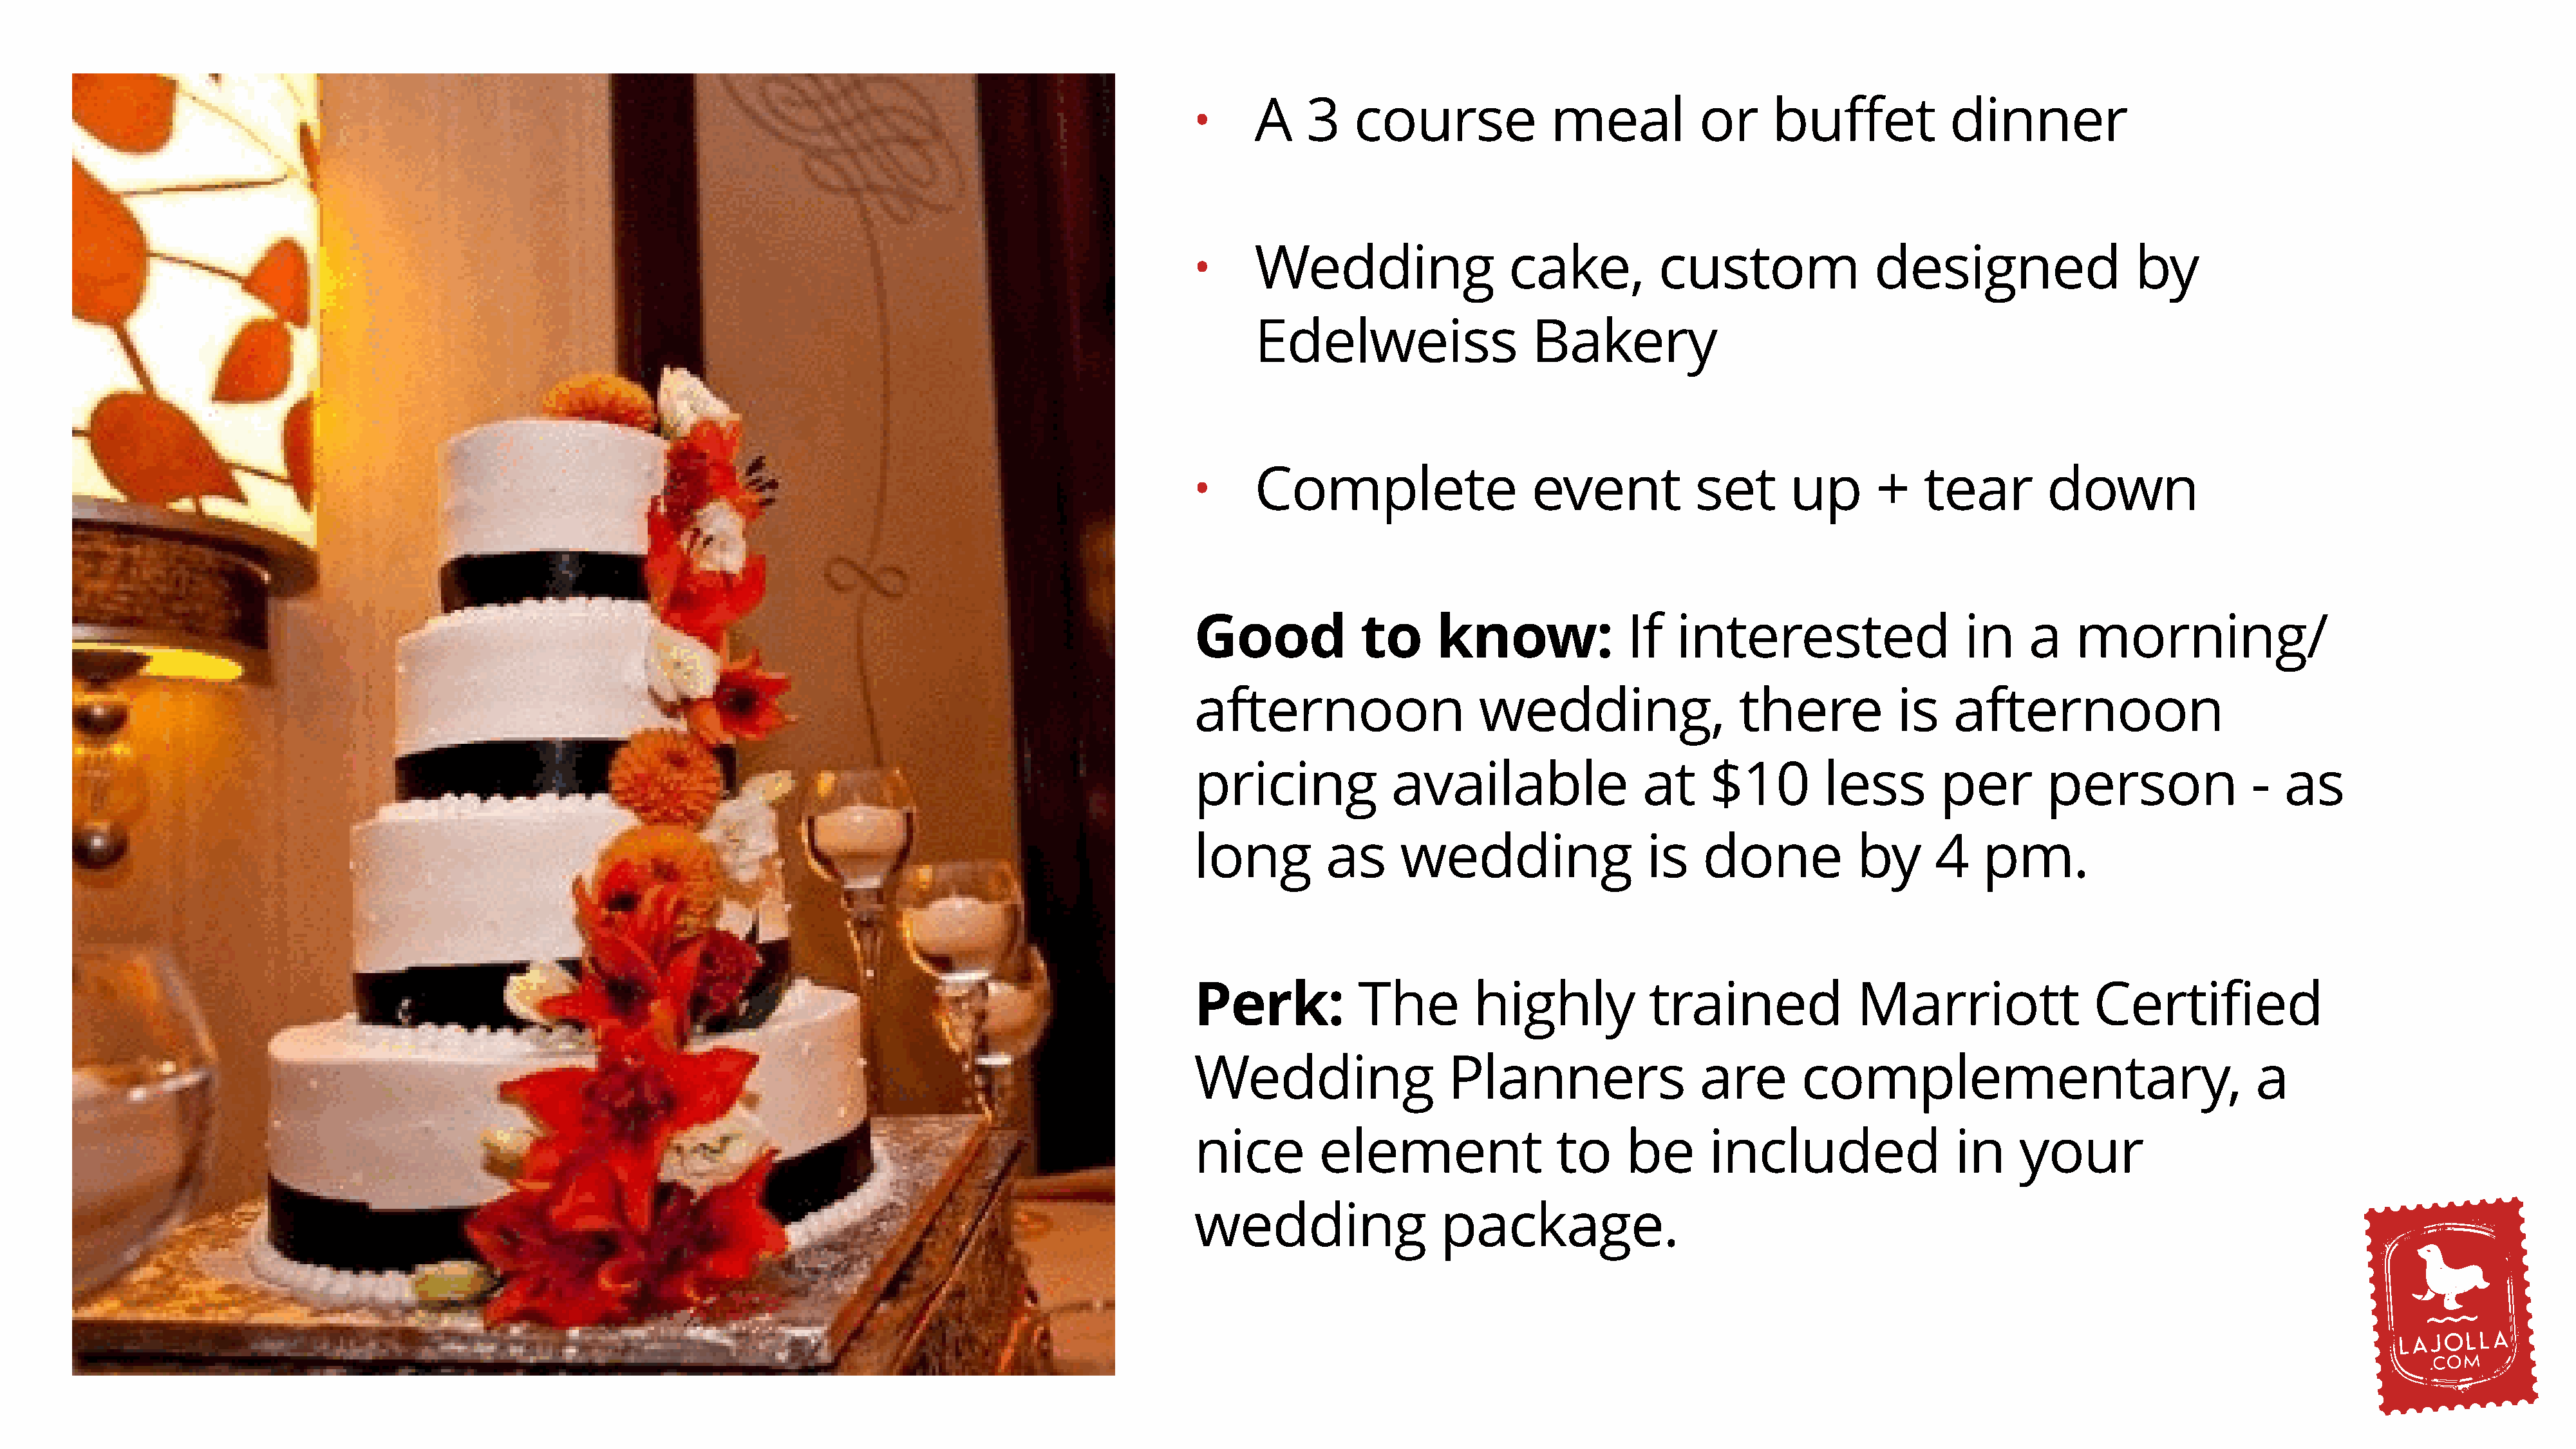
A    3    course              meal            or     buffet            dinner
 •
 Wedding                   cake,          custom                 designed                  by
 •
 Edelweiss                   Bakery
 Complete                    event            set       up       +    tear        down
 •
 Good             to      know:              If   interested                    in     a   morning/
 afternoon                    wedding,                   there           is    afternoon
 pricing             available                 at     $10        less        per        person               -   as
 long         as      wedding                  is    done            by      4    pm.
 Perk:            The         highly            trained              Marriott                Certified
 Wedding                   Planners                  are       complementary,                                 a
 nice         element                 to     be       included                 in     your
 wedding                  package.